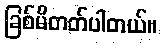
ခြစ်မိတတ်ပါတယ်။